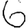
Digit: 6